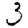
Digit: 3